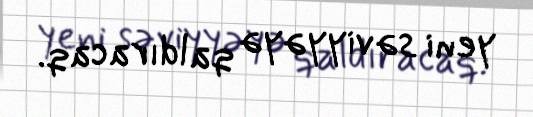
yeni səviyyəyə qaldıracaq.